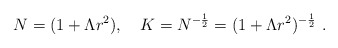
\begin{align*}N=(1+\Lambda r^2), \quad K=N^{-\frac{1}{2}}=(1+\Lambda r^2)^{-\frac{1}{2}}\ .\end{align*}